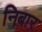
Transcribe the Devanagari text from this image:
निबार